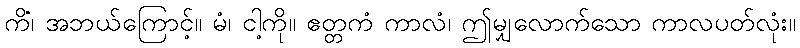
ကိံ၊ အဘယ်ကြောင့်။ မံ၊ ငါ့ကို။ ဧတ္တကံ ကာလံ၊ ဤမျှလောက်သော ကာလပတ်လုံး။